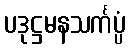
ပဒုဋ္ဌမနသင်္ကပ္ပံ